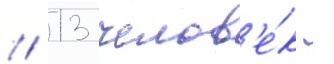
/ 13 челов'е́к -